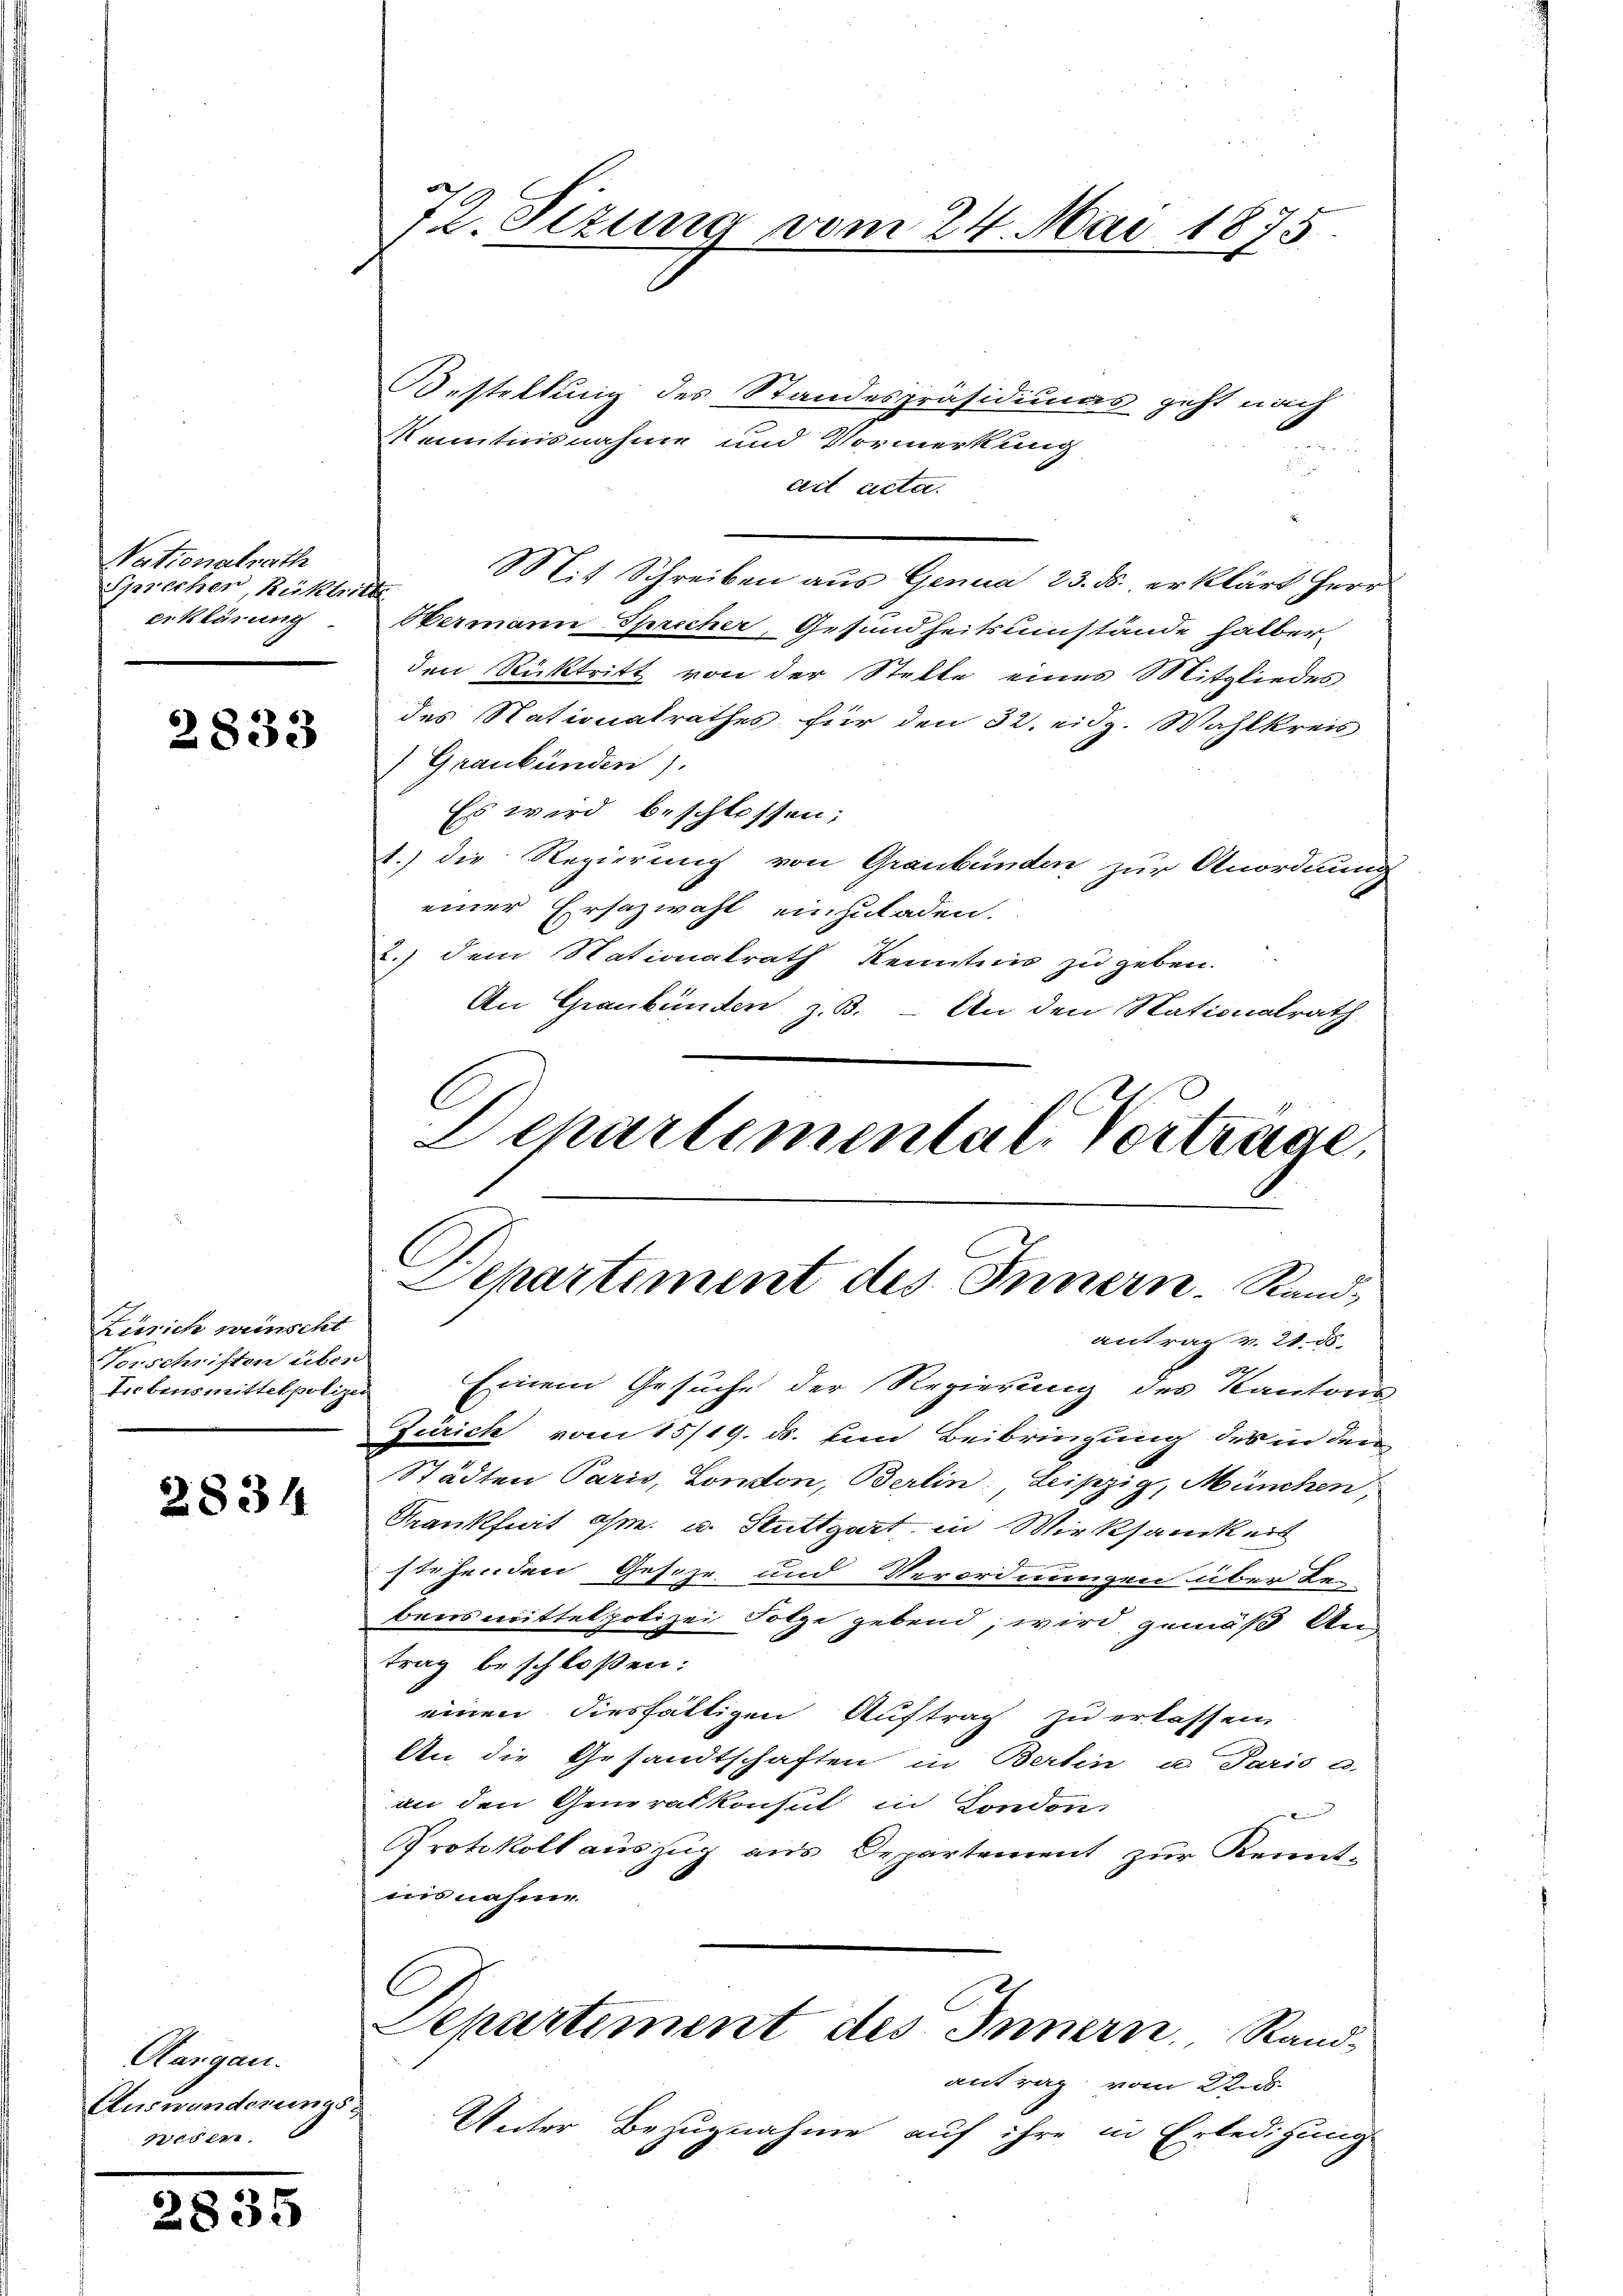
Nationalrath
Sprecher, Rücktritte
erklärung

2833

Zürsich wünscht
Vorschriften über
Liebensmittelpolizei

2834

Aargau.
wider

2835

Bestellung des Standespräsidiums geht nach
Kenntnisnahme und Vormerkung
s
cert acta.
Mit Schreiben aus Genua 23. ds. erklärt Herr
Hermann Sprecher, Gesundheitsumstände halber
den Rücktritt von der Stelle eines Mitgliedes
des Nationalrathes für den 32. eidg. Wahlkreis
) Graubünden).
Es wird beschlossen:
1.) die Regierung von Graubünden zur Anordnung
einer Ersazwahl einzuladen.
.) dem Nationalrath Kenntnis zu geben.
An Graubünden, z. B. - An den Stationalrath
Zürich vom 15/19. ds. ein Beibringung des in den
Städten Paris, London, Berlin: Leipzig, München,
Krankfurt am u. Stuttgart, in Wirksamkeit
stehenden Geseze und Verordnungen über be-
bensmittel polizei Folge gebend, wird gemäß An-
trag beschloßen:
einen diesfälligen Auftrag zu erlassen.
An die Gesandtschaften in Berlin u. Paris u.
an den Generalkonsul in Condon

Protokoll auszug aus Departement zur Kennt-
ais nahme.
Departement des Innern Randantrag vom Aus-
Auswanderungs Unter Bezugnahme auf ihre in Erledigung

72. Sizung vom 24. Mai 1875.

C
Departemental. Vortrage,
Departement des Innern. Rand,
antrag v. 21. ds.
Einem Gesuche der Regierung des Kantons